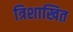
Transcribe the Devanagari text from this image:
त्रिशाखित